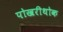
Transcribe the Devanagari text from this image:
पोखरीथोक